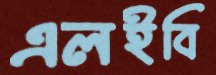
এলইবি